Vaccination in Burma 1920-1933 - 1920-1933
Year: 1920
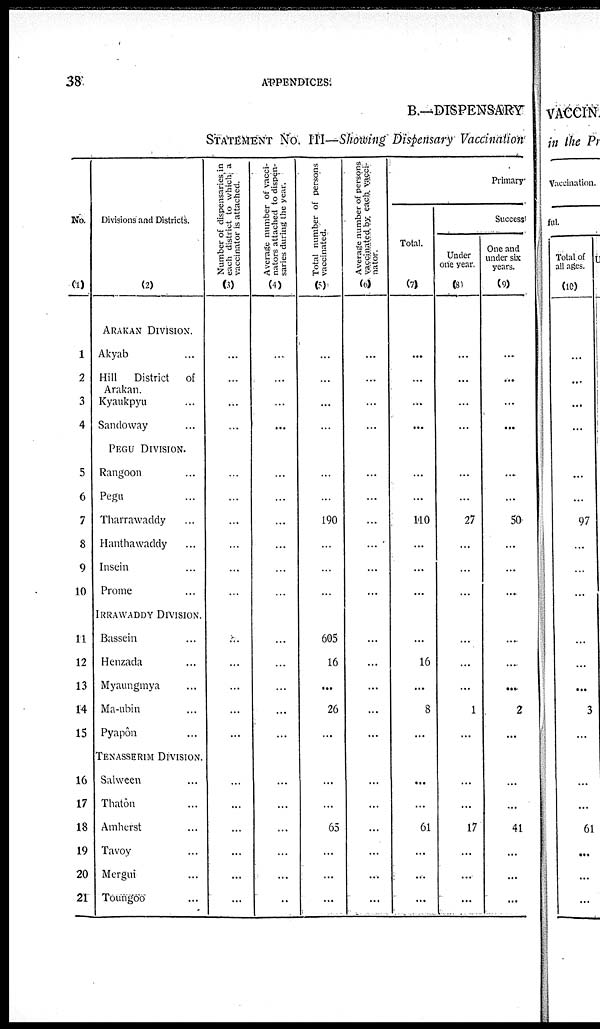
38
APPENDICES.
B.—DISPENSARY
STATEMENT No. III—Showing Dispensary Vaccination
No.
(1)
1
2
3
4
5
6
7
8
9
10
11
12
13
14
15
16
17
18
19
20
21
Divisions and Districts.
(2)
ARAKAN DIVISION.
Akyab ...
Hill District of
Arakan.
Kyaukpyu ...
Sandoway ...
PEGU DIVISION.
Rangoon ...
Pegu ...
Tharrawaddy ...
Hanthawaddy ...
Insein ...
Prome ...
IRRAWADDY DIVISION.
Bassein ...
Henzada ...
Myaungmya ...
Ma-ubin ...
Pyapôn ...
TENASSERIM DIVISION.
Salween ...
Thatôn ...
Amherst ...
Tavoy ...
Mergui ...
Toungoo ...
Number of dispensaries, in
each district to which, a
vaccinator is attached.
(3)
...
...
...
...
...
...
...
...
...
...
...
...
...
...
...
...
...
...
...
...
...
Average number of vacci-
nators attached to dispen-
saries during the year.
(4)
...
...
...
...
...
...
...
...
...
...
...
...
...
...
...
...
...
...
...
...
...
Total number of persons
vaccinated.
(5)
...
...
...
...
...
...
190
...
...
...
605
16
...
26
...
...
...
65
...
...
...
Average number of persons
vaccinated by each vacci-
nator.
(6)
...
...
...
...
...
...
...
...
...
...
...
...
...
...
...
...
...
...
...
...
...
Primary.
Total.
(7)
...
...
...
...
...
...
110
...
...
...
...
16
...
8
...
...
...
61
...
...
...
Success
Under
one year.
(8)
...
...
...
...
...
...
27
...
...
...
...
...
...
1
...
...
...
17
...
...
...
One and
under six
years.
(9)
...
...
...
...
...
...
50
...
...
...
...
...
...
2
...
...
...
41
...
...
...